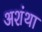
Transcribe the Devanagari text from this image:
अशंथा